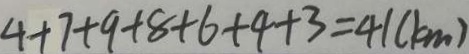
4 + 7 + 9 + 8 + 6 + 4 + 3 = 4 1 ( k m )